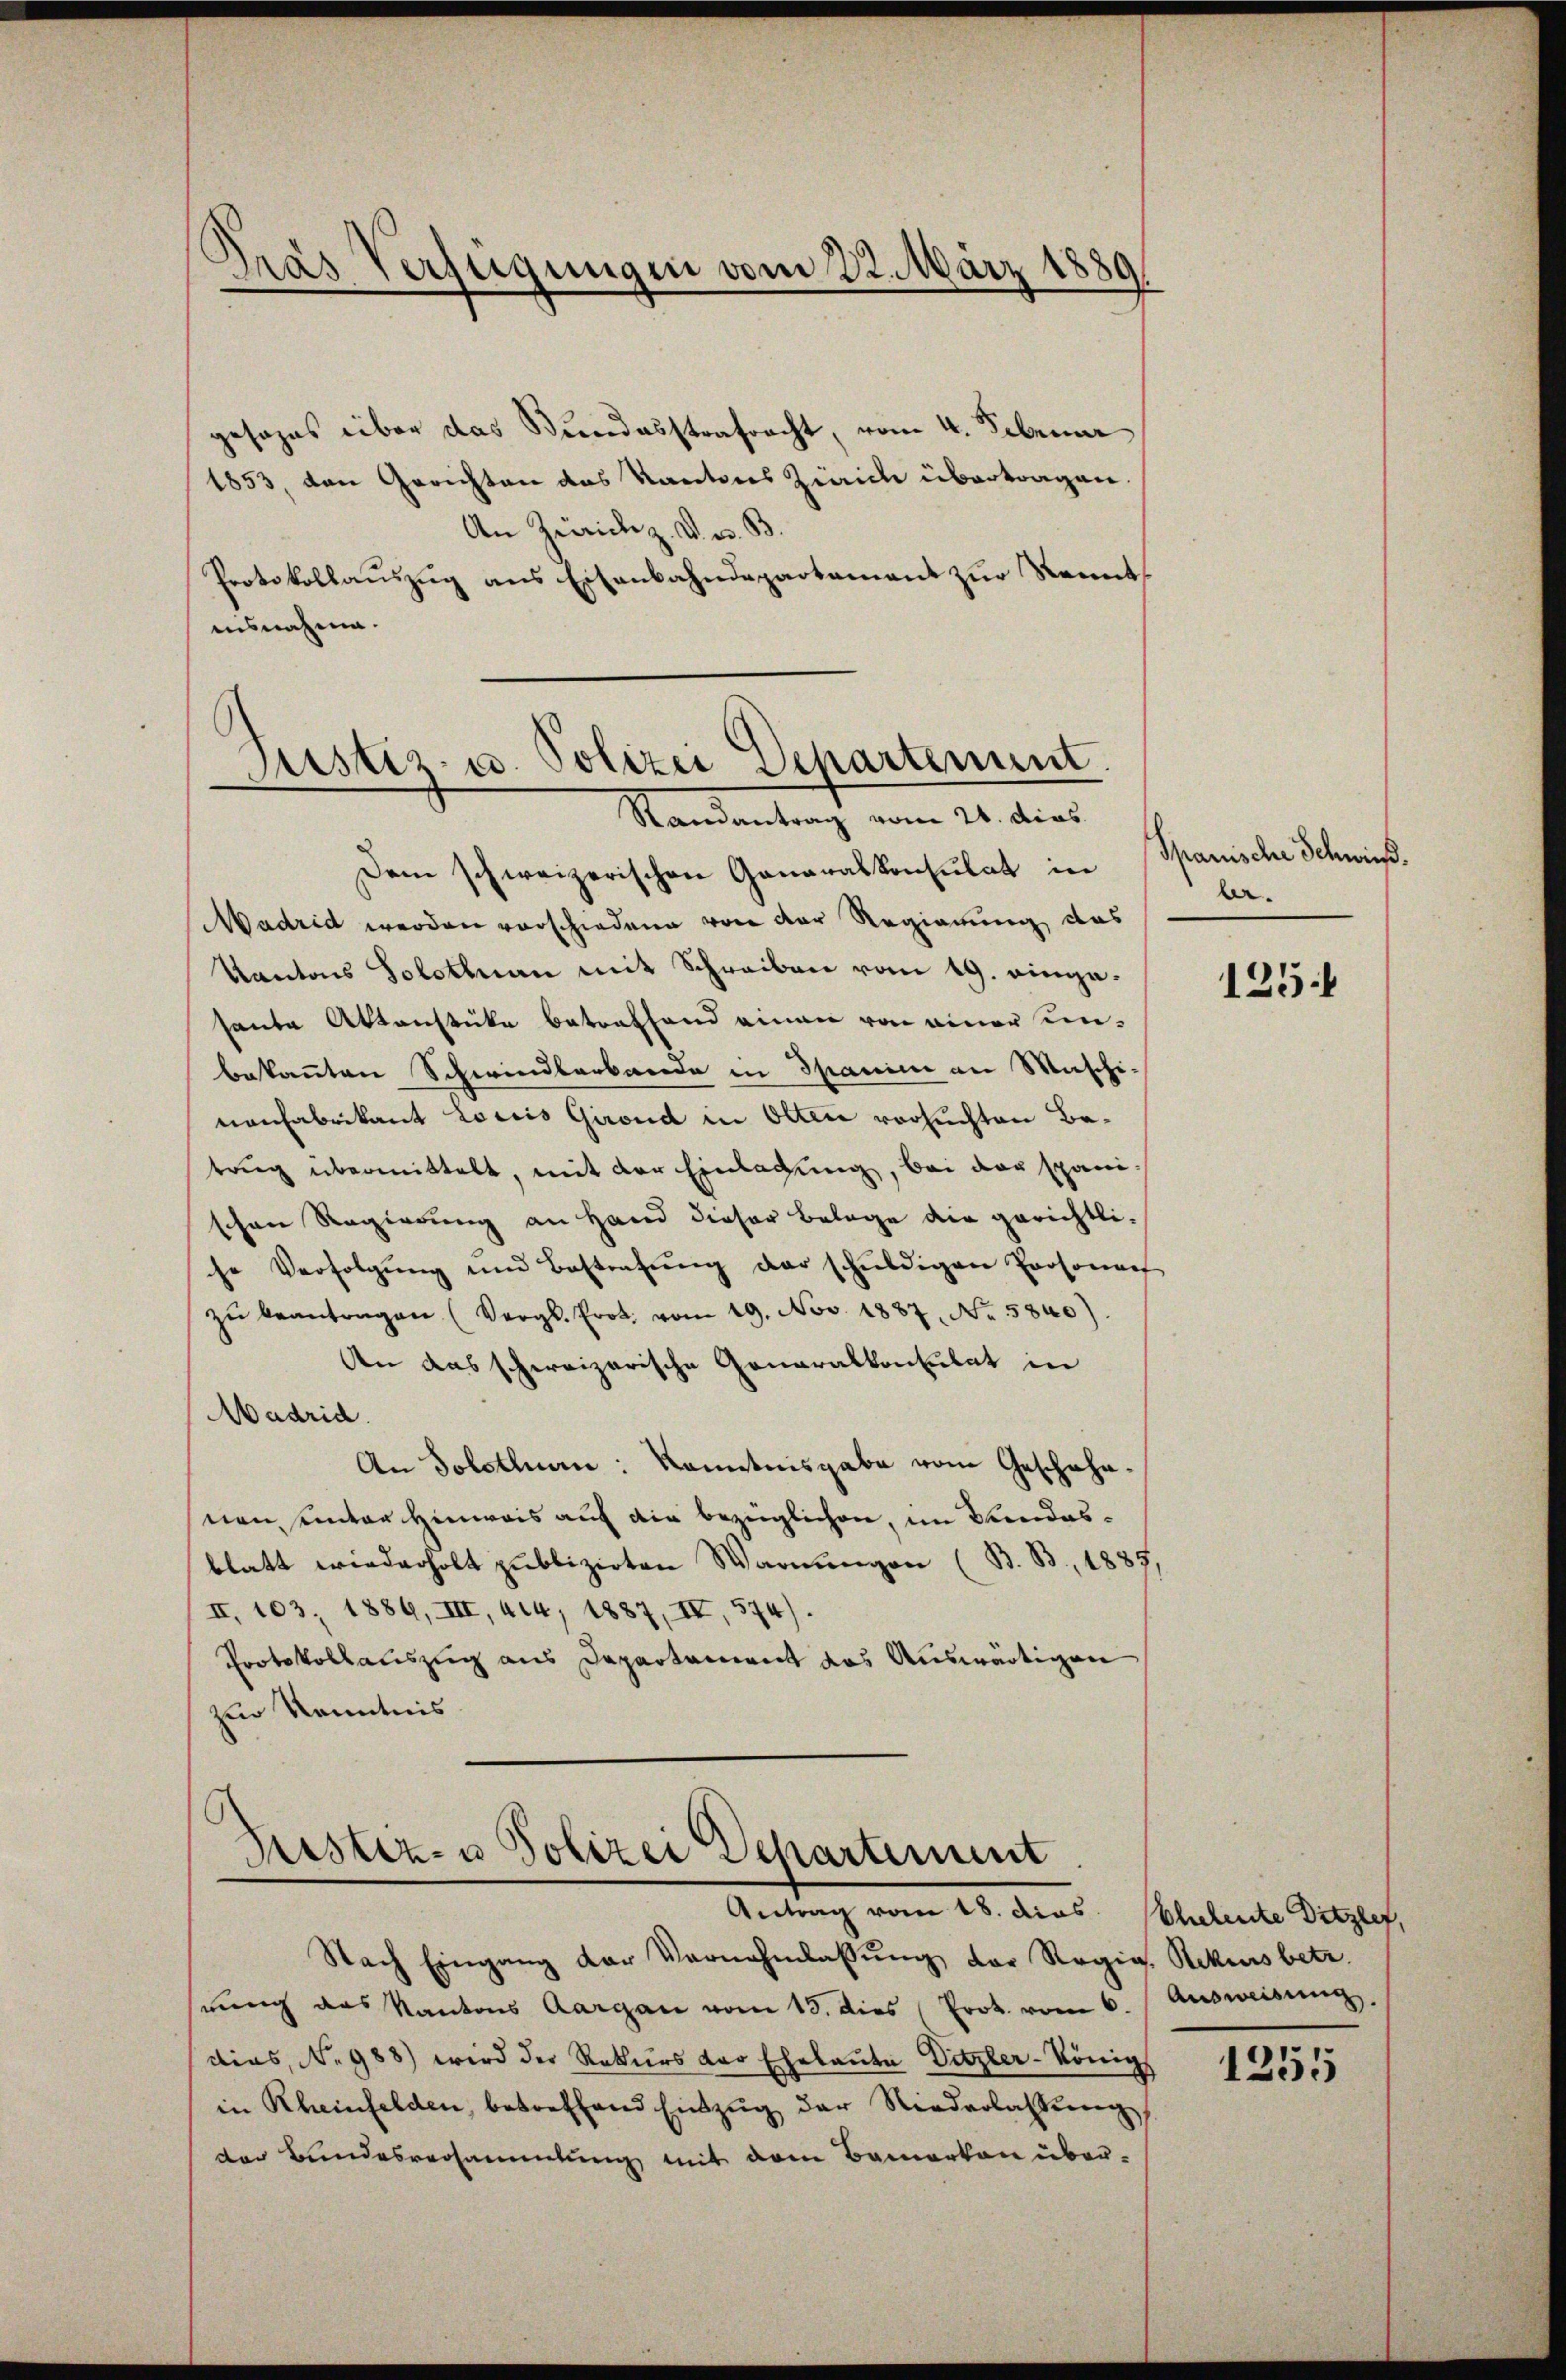
S
Gras Verfügungen vom 22. März 1889

gesages über das Stundesstrafracht, vom 4. Februar
1853, den Gerichten des Kantons Zürich übertragen.
An Zürich z. V. B.
Protokollauszug aus Eisenbahndepartament zur Kenntausnahme.

ustiz- u. Polizei Departement.
Randantrag vom 21. dies

Pristiz- u Polizei Dehartement
Antrag vom 18. dies

Nach Eingang der Vornahmlassŭng der Regig. Rekursbetr.
rung des Kantons Aargau vom 13. dies Prok. vom 6. Ausweisung.
dias, No 988) wird der Rekurs der Eheleute Ditzler-König
in Rheinfelden, betreffend Entzug der Niederlassŭng
der Bundesversammlung mit dem Bemerken über-

Dem schweizerischen Ganaralkonsulat in Spanische Schwieß.
Madrid werden vorschiedene von der Regierung das
Kantons Solothurn mit Schreiben vom 19. eingesante Aktenstücke betreffend einen von einer unbekannten Schwindlerbande in Spanie an Maschi-
nonfabrikant Lociis Girend in Olten versuchten Betrug übermittelt, mit der Einladung, bei der spanischen Regierung an Hand dieser Belage die gerichtli-
se Verfolgŭng und Bestrafŭng der schŭldigen Personach
zŭ beantragen (Vergl. Prot. vom 19. Nov. 1887, No. 5840).
Aen das schereizerische Generalkonsulat in
Madrid.
An Solothurn: Kenntnisgabe vom Geschähnnen unter Hinweis auf die bezüglichen, im Bundesblatt wiederholt publizirten Warnungen (B. B, 1885,
II, 103, 1884, III, 414, 1887, IV, 574).
Protokollauszug aus Departament das Auswärtigen
zur Kenntnis

br.

125:

Ehehente Ditzler,

1255